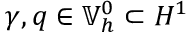
\gamma , q \in \mathbb { V } _ { h } ^ { 0 } \subset H ^ { 1 }